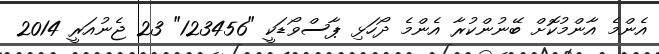
އެންމެ އާންމުކޮށް ބޭނުންކުރާ އެންމެ ދޯހަޅި ޕާސްވޯޑަކީ "123456" 23 ޖެނުއަރީ 2014